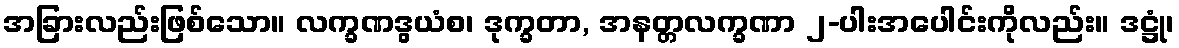
အခြားလည်းဖြစ်သော။ လက္ခဏဒွယံစ၊ ဒုက္ခတာ, အနတ္တလက္ခဏာ ၂-ပါးအပေါင်းကိုလည်း။ ဒဋ္ဌုံ၊